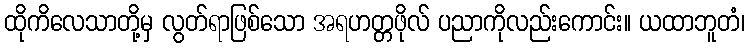
ထိုကိလေသာတို့မှ လွတ်ရာဖြစ်သော အရဟတ္တဖိုလ် ပညာကိုလည်းကောင်း။ ယထာဘူတံ၊